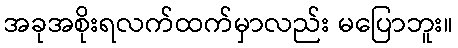
အခုအစိုးရလက်ထက်မှာလည်း မပြောဘူး။